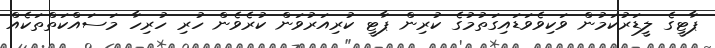
ޕާޓީގެ ލީޑަރުކަމުން ވަކިވެވަޑައިގަތުމުގެ ކުރިން ޕާޓީ ކުރިއަރުވަން ކުރެވެން ހުރި ހުރިހާ މަސައްކަތްތަކެއް